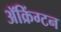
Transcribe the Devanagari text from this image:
ॲक्रिंग्टन